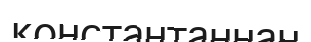
константаннан